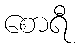
စောရီ